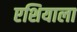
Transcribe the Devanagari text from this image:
एशियाला